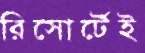
রিসোর্টেই